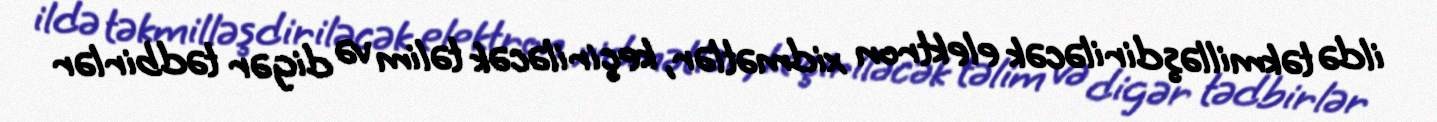
ildə təkmilləşdiriləcək elektron xidmətlər, keçiriləcək təlim və digər tədbirlər